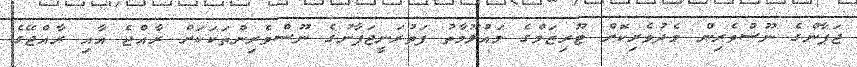
ޖަޕާންގެ ނޫސްވެރިން މެދުވެރިކޮށް ޓޫރިޒަމްގެ މައުލޫމާތު ފަތުރަނީޖަޕާނުގެ ނޫސްވެރިންތަކަކަށް ރާއްޖެ އާއި ރާއްޖޭގެ